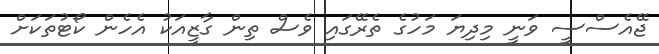
ޖޭއެސްސީ ވަނީ މިދިޔަ މަހުގެ ތެރޭގައި ވެސް ތިން ގާޒީއަކު އެހެން ކޯޓުތަކަށް